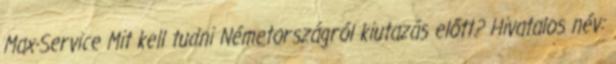
Max-Service Mit kell tudni Németországról kiutazás előtt? Hivatalos név: